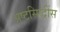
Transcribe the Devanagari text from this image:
अष्टसिद्धींस